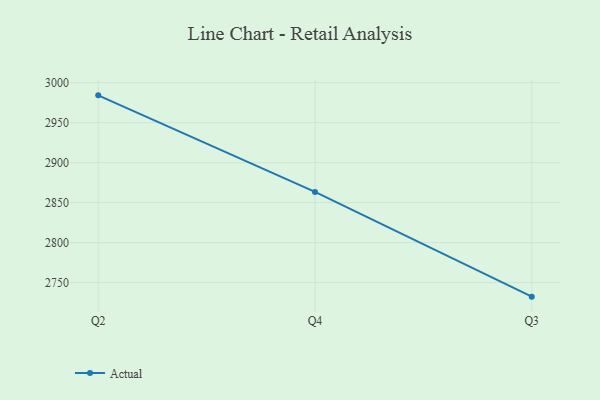
{"axis": {"x": "Quarter", "y": "Latency (ms)"}, "legend": ["Actual"], "data": [{"x": "Q2", "y": 2984.1, "type": "Actual"}, {"x": "Q4", "y": 2863.3, "type": "Actual"}, {"x": "Q3", "y": 2732.4, "type": "Actual"}]}